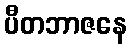
ပီတဘာဇနေ